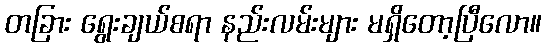
တခြား ရွေးချယ်စရာ နည်းလမ်းများ မရှိတော့ပြီလော။